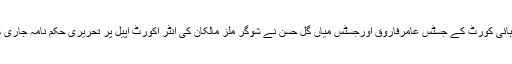
اسلام آباد ہائی کورٹ کے جسٹس عامرفاروق اورجسٹس میاں گل حسن نے شوگر ملز مالکان کی انٹر اکورٹ اپیل پر تحریری حکم نامہ جاری کردیا ہے۔